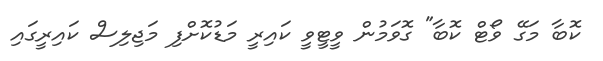
ކޮބާ މަގޭ ވޯޓް ކޮބާ" ގޮވަމުން ވީޓީވީ ކައިރީ މަޑުކޮށްފި މަޖިލިސް ކައިރީގައި